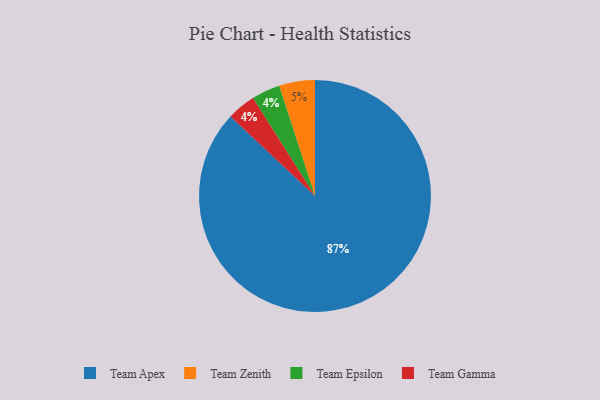
{"axis": {"x": "Category", "y": "Percentage"}, "legend": ["Team Apex", "Team Epsilon", "Team Gamma", "Team Zenith"], "data": [{"x": "Team Epsilon", "y": 4, "type": "Team Epsilon"}, {"x": "Team Zenith", "y": 5, "type": "Team Zenith"}, {"x": "Team Apex", "y": 87, "type": "Team Apex"}, {"x": "Team Gamma", "y": 4, "type": "Team Gamma"}]}